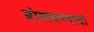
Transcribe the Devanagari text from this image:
बोलवण्याची